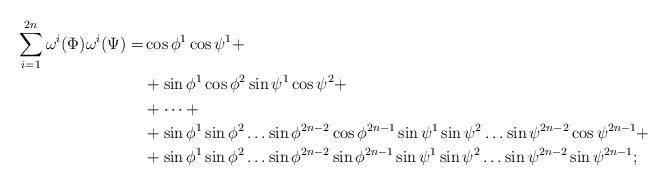
LaTeX: \begin{align*}\sum_{i=1}^{2n} \omega^i(\Phi)\omega^i(\Psi)=&\cos\phi^1\cos \psi^1+\\&+\sin \phi^1\cos\phi^2\sin \psi^1\cos \psi^2+\\& +\dots +\\&+\sin\phi^1\sin\phi^2\dots\sin \phi^{2n-2}\cos\phi^{2n-1} \sin\psi^1\sin\psi^2\dots\sin \psi^{2n-2}\cos\psi^{2n-1}+\\&+\sin\phi^1\sin\phi^2\dots\sin \phi^{2n-2}\sin\phi^{2n-1} \sin\psi^1\sin\psi^2\dots\sin \psi^{2n-2}\sin\psi^{2n-1};\end{align*}